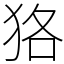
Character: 狢